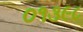
૦૧૩૯૮